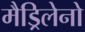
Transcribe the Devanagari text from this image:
मैड्रिलेनो